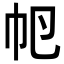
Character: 𢁡